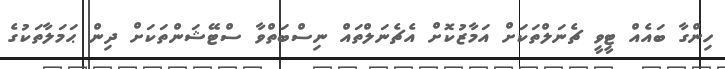
ހިންގާ ބައެއް ޓީވީ ޗެނަލްތަކަށް އަމާޒުކޮށް އެޗެނަލްތައް ނިސްބަތްވާ ސްޓޭޝަންތަކަށް ދިން ޙަމަލާތަކުގެ